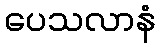
ပေသလာနံ